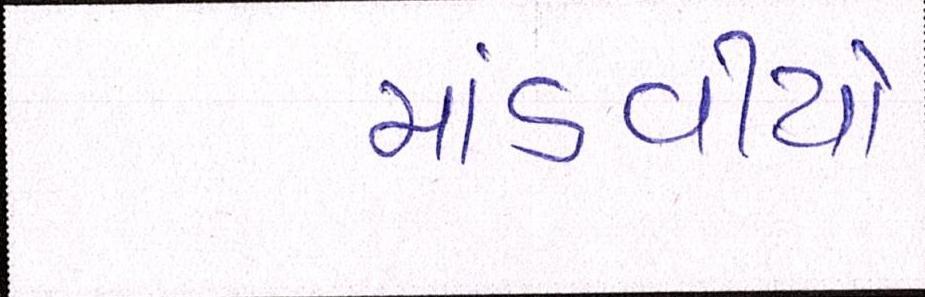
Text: માંડવીયો